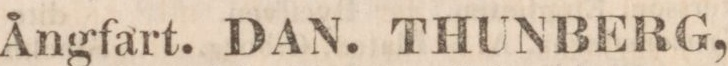
Ångfart. DAN. THUNBERG,